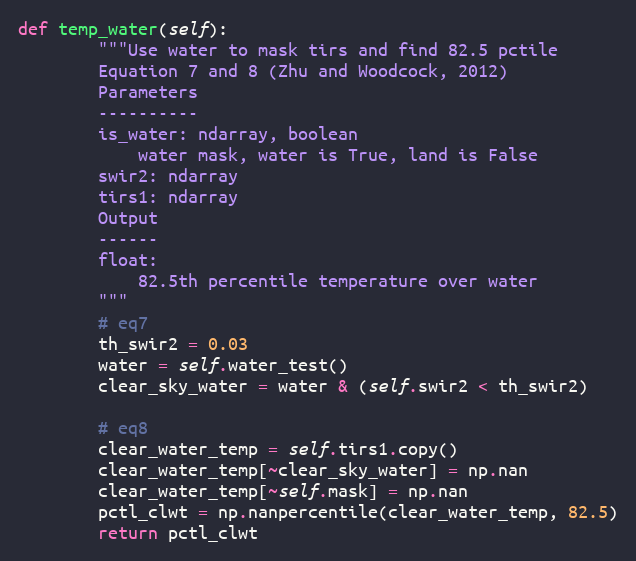
Language: Python
def temp_water(self):
        """Use water to mask tirs and find 82.5 pctile
        Equation 7 and 8 (Zhu and Woodcock, 2012)
        Parameters
        ----------
        is_water: ndarray, boolean
            water mask, water is True, land is False
        swir2: ndarray
        tirs1: ndarray
        Output
        ------
        float:
            82.5th percentile temperature over water
        """
        # eq7
        th_swir2 = 0.03
        water = self.water_test()
        clear_sky_water = water & (self.swir2 < th_swir2)

        # eq8
        clear_water_temp = self.tirs1.copy()
        clear_water_temp[~clear_sky_water] = np.nan
        clear_water_temp[~self.mask] = np.nan
        pctl_clwt = np.nanpercentile(clear_water_temp, 82.5)
        return pctl_clwt